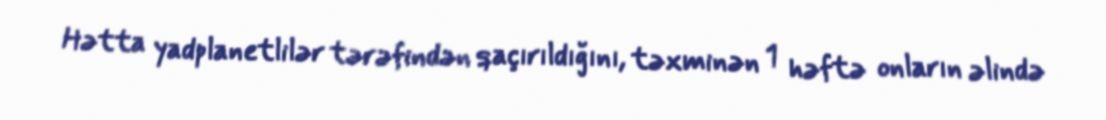
Hətta yadplanetlilər tərəfindən qaçırıldığını, təxminən 1 həftə onların əlində